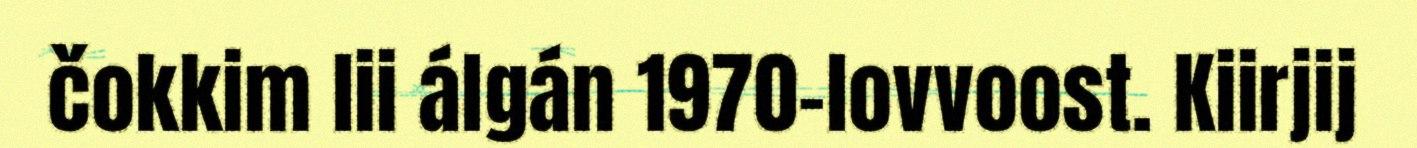
čokkim lii álgán 1970-lovvoost. Kiirjij